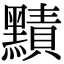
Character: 𪒑